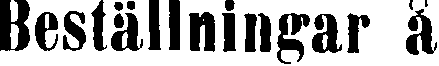
Beställningar å